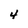
Character: 4